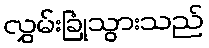
လွှမ်းခြုံသွားသည်